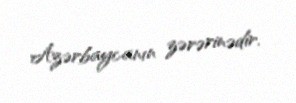
Azərbaycanın zərərinədir.